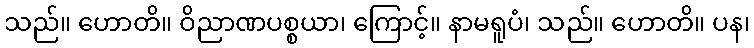
သည်။ ဟောတိ။ ဝိညာဏပစ္စယာ၊ ကြောင့်။ နာမရူပံ၊ သည်။ ဟောတိ။ ပန၊